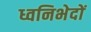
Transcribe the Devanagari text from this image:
ध्वनिभेदों